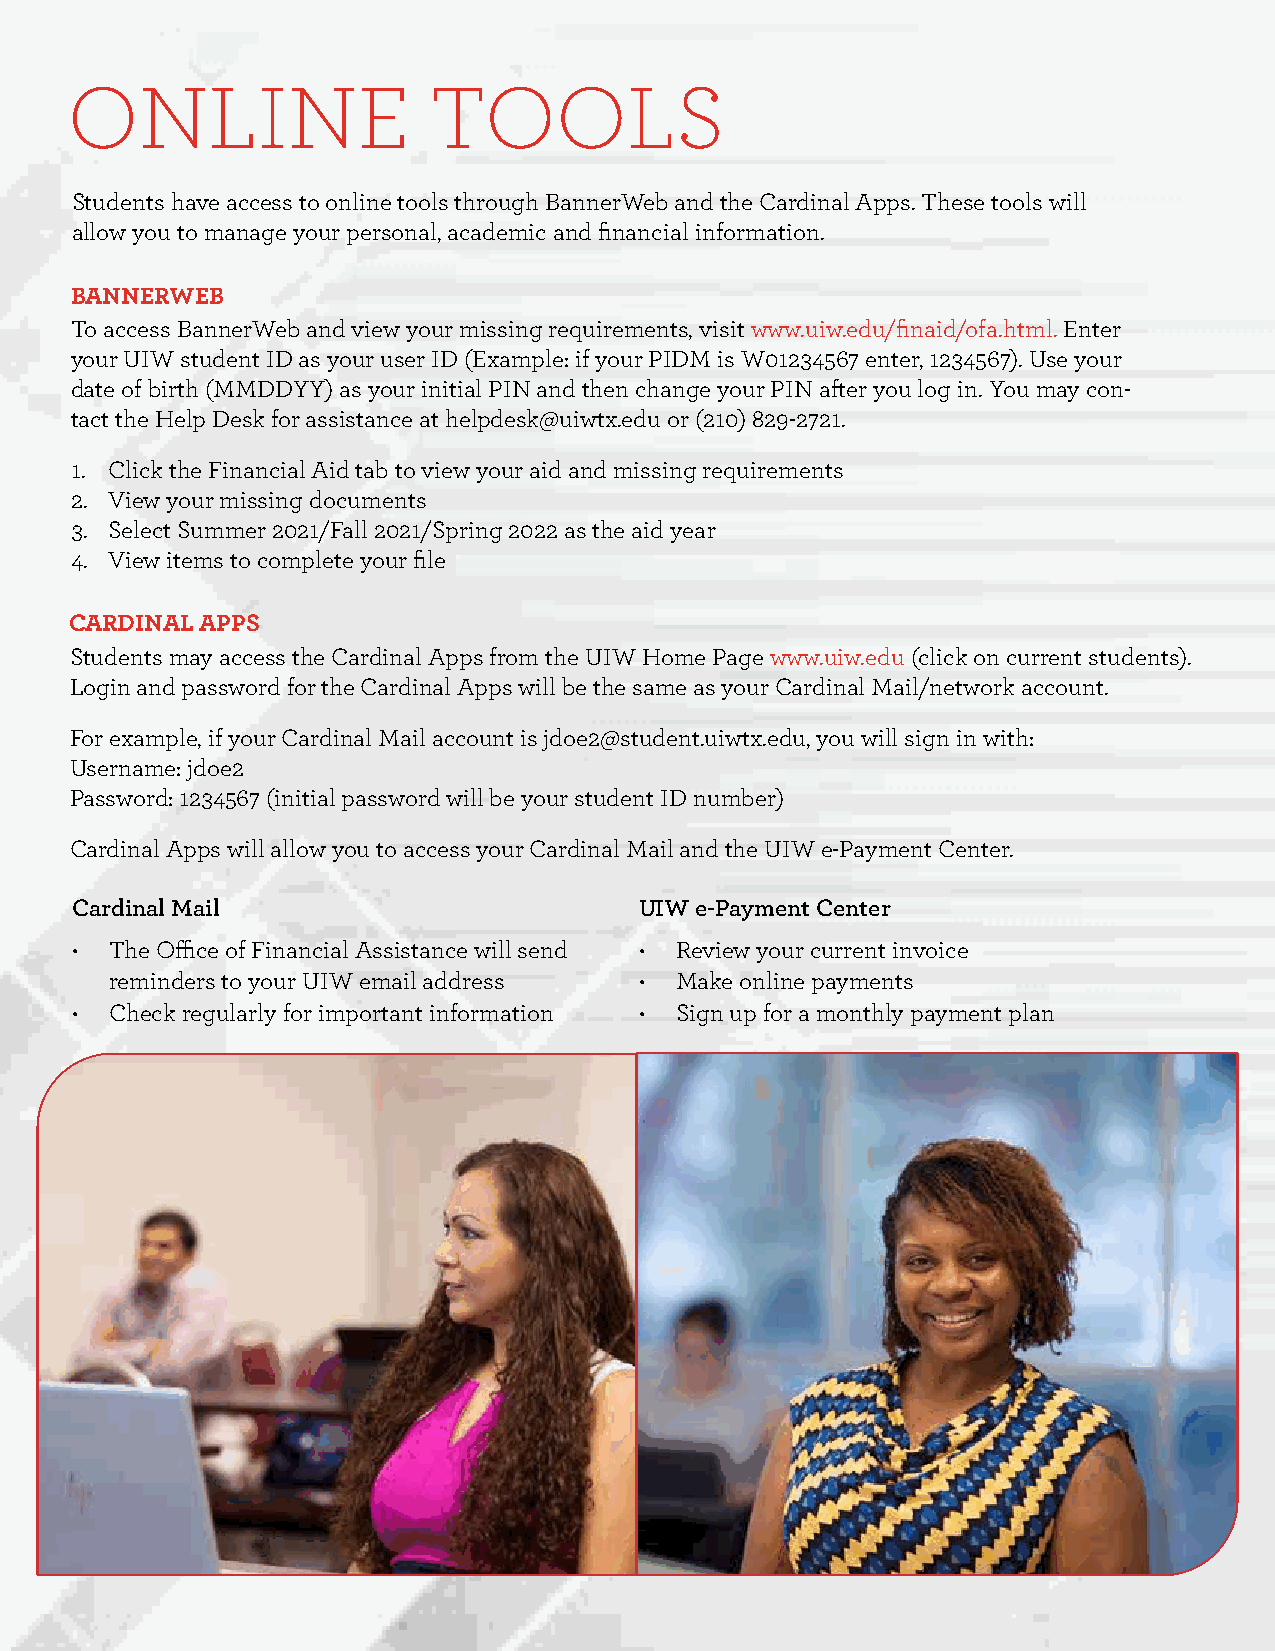
ONLINE                  TOOLS
 Students have access to online tools through BannerWeb and the Cardinal Apps. These tools will
 allow you to manage your personal, academic and financial information.
 BANNERWEB
 To access BannerWeb and view your missing requirements, visit www.uiw.edu/finaid/ofa.html. Enter
 your UIW student ID as your user ID (Example: if your PIDM is W01234567 enter, 1234567). Use your
 date of birth (MMDDYY) as your initial PIN and then change your PIN after you log in. You may con-
 tact the Help Desk for assistance at helpdesk@uiwtx.edu or (210) 829-2721.
 1. Click the Financial Aid tab to view your aid and missing requirements
 2. View your missing documents
 3. Select Summer 2021/Fall 2021/Spring 2022 as the aid year
 4. View items to complete your file
 CARDINAL APPS
 Students may access the Cardinal Apps from the UIW Home Page www.uiw.edu (click on current students).
 Login and password for the Cardinal Apps will be the same as your Cardinal Mail/network account.
 For example, if your Cardinal Mail account is jdoe2@student.uiwtx.edu, you will sign in with:
 Username: jdoe2
 Password: 1234567 (initial password will be your student ID number)
 Cardinal Apps will allow you to access your Cardinal Mail and the UIW e-Payment Center.
 Cardinal Mail                        UIW e-Payment Center
 • The Office of Financial Assistance will send • Review your current invoice
 reminders to your UIW email address • Make online payments
 • Check regularly for important information • Sign up for a monthly payment plan